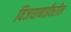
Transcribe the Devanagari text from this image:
विजयाबाईंवरील